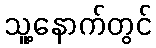
သူ့နောက်တွင်